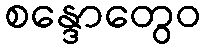
စန္ဒောတွေဝ